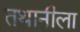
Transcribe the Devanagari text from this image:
तथानीला